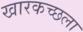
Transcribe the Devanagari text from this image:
खारकच्छला